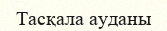
Тасқала ауданы